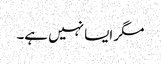
مگر ایسا نہیں ہے۔